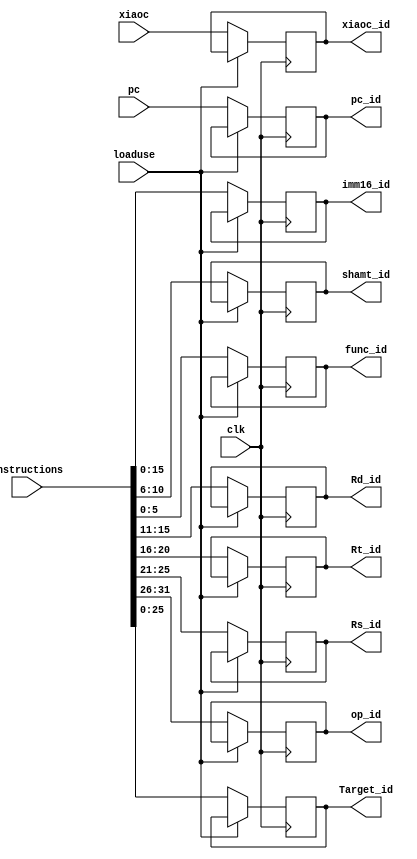
module IFID_P(input clk,
input [31:0] pc,
input [31:0] instructions,
input loaduse ,//load use 
input   xiaoc,  //id block


output reg [5:0] op_id,             
output reg [4:0] Rs_id,        
output reg [4:0] Rt_id,      
output reg [4:0] Rd_id,       
output reg [5:0] func_id,    
output reg [4:0] shamt_id,   
output reg [15:0] imm16_id,   
output reg [25:0] Target_id,  


output reg xiaoc_id,           
output reg [31:0] pc_id        




);



always @(negedge clk)
if(loaduse);



else
begin                        
   pc_id<=pc;
  
   xiaoc_id<=xiaoc;
    op_id<=instructions[31:26];           //////////
     Rs_id<=instructions[25:21];          /////////
     Rt_id<=instructions[20:16];        //////////
   Rd_id<=instructions[15:11];          ////////
     func_id<=instructions[5:0];      ///////////
      shamt_id<=instructions[10:6];    /////////
      imm16_id<=instructions[15:0];   //////////
      Target_id<=instructions[25:0];   ////////

end



endmodule